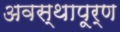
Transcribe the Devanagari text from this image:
अवस्थापूर्ण